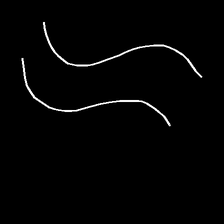
Glyph: float